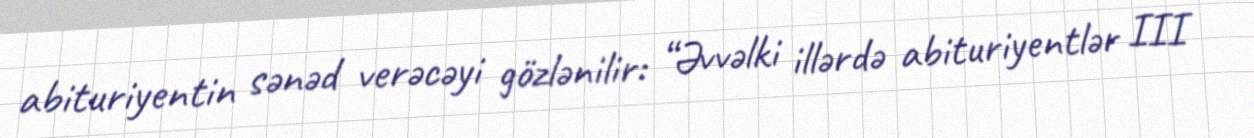
abituriyentin sənəd verəcəyi gözlənilir: “Əvvəlki illərdə abituriyentlər III